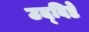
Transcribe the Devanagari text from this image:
उद्‌दिष्टे